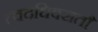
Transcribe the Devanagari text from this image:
त्वदधिवसतौ